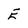
Character: E